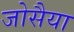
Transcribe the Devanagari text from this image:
जोसैया